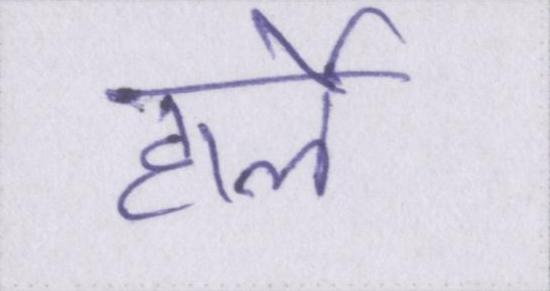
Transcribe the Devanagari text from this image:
हार्ले